Rangoon Lunatic Asylum 1878-1892 - 1878-1892
Year: 1878
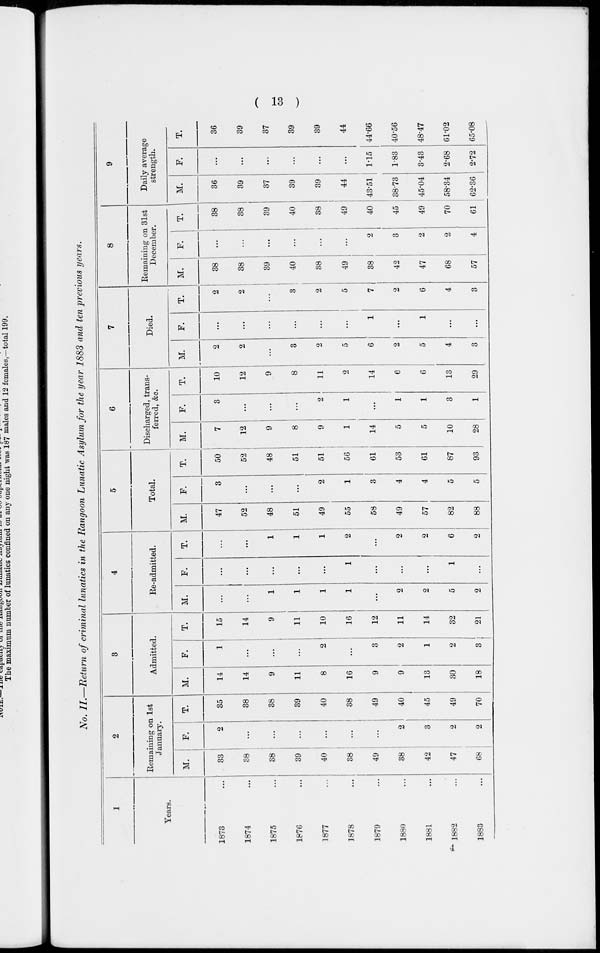
( 13 )
No. II.—Return of criminal lunatics in the Rangoon Lunatic Asylum for the year 1883 and ten previous years.
1
Years.
1873 ...
1874 ...
1875 ...
1876 ...
1877 ...
1878 ...
1879 ...
1880 ...
1881 ...
1882 ...
1883 ...
2
Remaining on 1st
January.
M.
33
38
38
39
40
38
49
38
42
47
68
F.
2
...
...
...
...
...
...
2
3
2
2
T.
35
38
38
39
40
38
49
40
45
49
70
3
Admitted.
M.
14
14
9
11
8
16
9
9
13
30
18
F.
1
...
...
...
2
...
3
2
1
2
3
T.
15
14
9
11
10
16
12
11
14
32
21
4
Re-admitted.
M.
...
...
1
1
1
1
...
2
2
5
2
F.
...
...
...
...
...
1
...
...
...
1
...
T.
...
...
1
1
1
2
...
2
2
6
2
5
Total.
M.
47
52
48
51
49
55
58
49
57
82
88
F.
3
...
...
...
2
1
3
4
4
5
5
T.
50
52
48
51
51
56
61
53
61
87
93
6
Discharged, trans-
ferred, &c.
M.
7
12
9
8
9
1
14
5
5
10
28
F.
3
...
...
...
2
1
...
1
1
3
1
T.
10
12
9
8
11
2
14
6
6
13
29
7
Died.
M.
2
2
...
3
2
5
6
2
5
4
3
F.
...
...
...
...
...
...
1
...
1
...
...
T.
2
2
...
3
2
5
7
2
6
4
3
8
Remaining on 31st
December.
M.
38
38
39
40
38
49
38
42
47
68
57
F.
...
...
...
...
...
...
2
3
2
2
4
T.
38
38
39
40
38
49
40
45
49
70
61
9
Daily average
strength.
M.
36
39
37
39
39
44
43.51
38.73
45.04
58.34
62.36
F.
...
...
...
...
...
...
1.15
1.83
3.43
2.68
2.72
T.
36
39
37
39
39
44
44.66
40.56
48.47
61.02
65.08